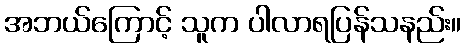
အဘယ်ကြောင့် သူက ပါလာရပြန်သနည်း။